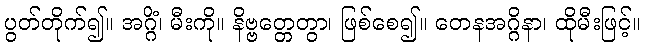
ပွတ်တိုက်၍။ အဂ္ဂိံ၊ မီးကို။ နိဗ္ဗတ္တေတွာ၊ ဖြစ်စေ၍။ တေနအဂ္ဂိနာ၊ ထိုမီးဖြင့်။